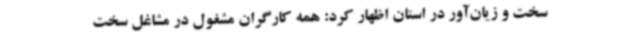
سخت و زیان‌آور در استان اظهار کرد: همه کارگران مشغول در مشاغل سخت